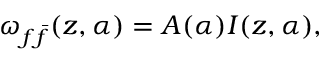
\omega _ { f \bar { f } } ( z , \alpha ) = A ( \alpha ) I ( z , \alpha ) ,